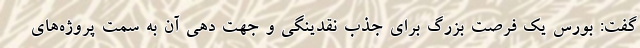
گفت: بورس یک فرصت بزرگ برای جذب نقدینگی و جهت دهی آن به سمت پروژه‌های